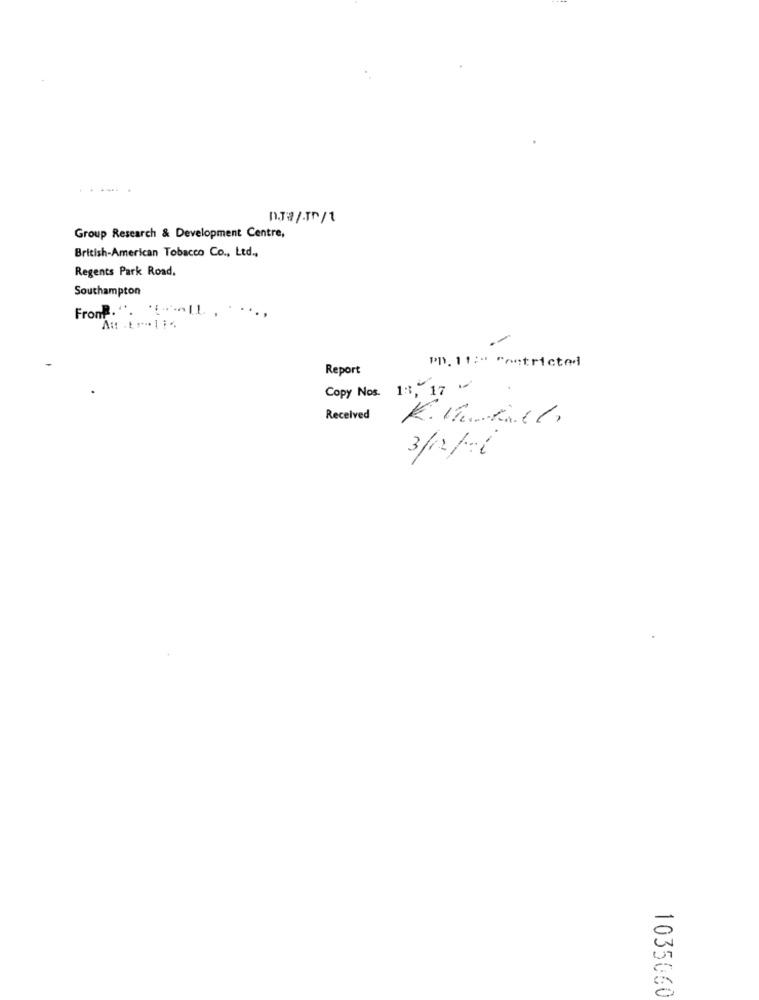
Group Research & Development Centre,
British-American Tobacco Co ., Ltd .,
Regents Park Road.
Southampton
Front.". ""-IL. , . ...,
PD. 11:" "oetricted
Report
Copy Nos. 188,17
Received
K. 1. Kich,
m
0
-
1035060